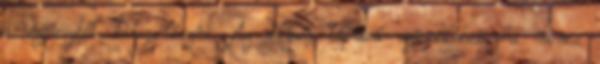
a szövegből kibogarászni. Az ilyen típusú szócikkeken ha nincs